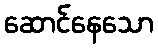
ဆောင်နေသော